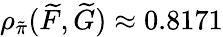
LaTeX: \rho_{\tilde{\pi}}(\widetilde{F},\widetilde{G})\approx 0.8171